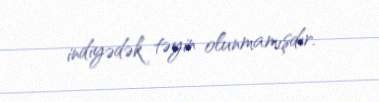
indiyədək təyin olunmamışdır.